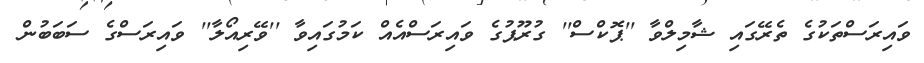
ވައިރަސްތަކުގެ ތެރޭގައި ޝާމިލްވާ ''ޕޮކްސް'' ގުރޫޕުގެ ވައިރަސްއެއް ކަމުގައިވާ ''ވޭރިއޯލާ'' ވައިރަސްގެ ސަބަބުން